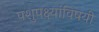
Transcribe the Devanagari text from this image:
पशुपक्ष्यांविषयी